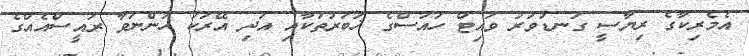
އެމެރިކާގެ ރިޔާސީ ގަނޑުވަރު ވައިޓް ހައުސްގެ ޚަބަރުތަކާއި އަދި އޭރަކު ހުންނަވާ ރައީސްއެއްގެ